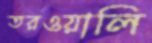
তরওয়ালি